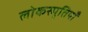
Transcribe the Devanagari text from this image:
लोकस्मृतियाँ